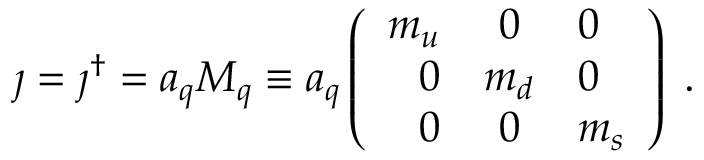
\jmath = \jmath ^ { \dagger } = a _ { q } M _ { q } \equiv a _ { q } \left( \begin{array} { r c l } { { m _ { u } } } & { { 0 } } & { { 0 } } \\ { { 0 } } & { { m _ { d } } } & { { 0 } } \\ { { 0 } } & { { 0 } } & { { m _ { s } } } \end{array} \right) \; .